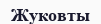
Жуковты